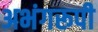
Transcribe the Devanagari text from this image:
अभंगरूपी